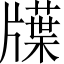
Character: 𤗽